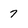
Character: 7